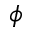
\phi